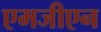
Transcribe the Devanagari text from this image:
एमजीएन